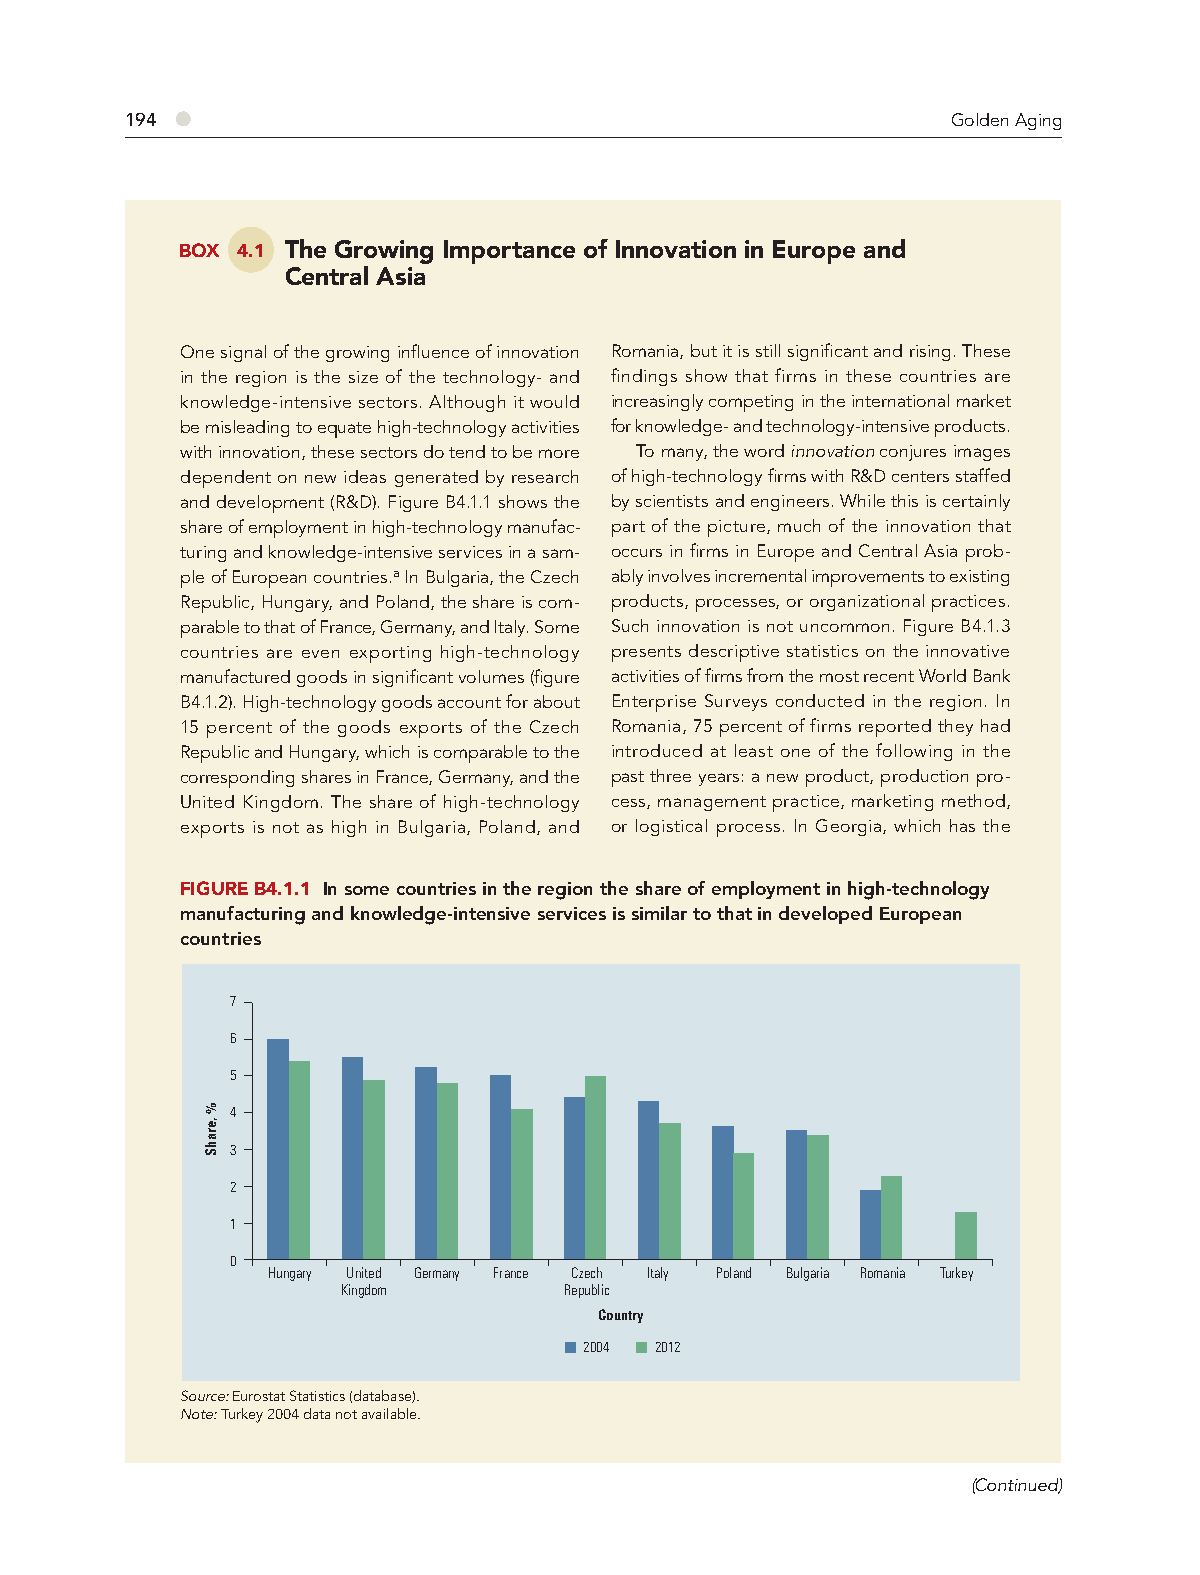
194 ●                                                  Golden Aging
 BOX 4.1 The Growing Importance of Innovation in Europe and
 Central Asia
 One signal of the growing infl uence of innovation Romania, but it is still signifi cant and rising. These
 in the region is the size of the technology- and findings show that firms in these countries are
 knowledge-intensive sectors. Although it would increasingly competing in the international market
 be misleading to equate high-technology activities for knowledge- and technology-intensive products.
 with innovation, these sectors do tend to be more To many, the word innovation conjures images
 dependent on new ideas generated by research of high-technology fi rms with R&D centers staffed
 and development (R&D). Figure B4.1.1 shows the by scientists and engineers. While this is certainly
 share of employment in high-technology manufac- part of the picture, much of the innovation that
 turing and knowledge-intensive services in a sam- occurs in fi rms in Europe and Central Asia prob-
 ple of European countries.a In Bulgaria, the Czech ably involves incremental improvements to existing
 Republic, Hungary, and Poland, the share is com- products, processes, or organizational practices.
 parable to that of France, Germany, and Italy. Some Such innovation is not uncommon. Figure B4.1.3
 countries are even exporting high-technology presents descriptive statistics on the innovative
 manufactured goods in signifi cant volumes (fi gure activities of fi rms from the most recent World Bank
 B4.1.2). High-technology goods account for about Enterprise Surveys conducted in the region. In
 15 percent of the goods exports of the Czech Romania, 75 percent of firms reported they had
 Republic and Hungary, which is comparable to the introduced at least one of the following in the
 corresponding shares in France, Germany, and the past three years: a new product, production pro-
 United Kingdom. The share of high-technology cess, management practice, marketing method,
 exports is not as high in Bulgaria, Poland, and or logistical process. In Georgia, which has the
 FIGURE B4.1.1 In some countries in the region the share of employment in high-technology
 manufacturing and knowledge-intensive services is similar to that in developed European
 countries
 7
 6
 5
 4
 3
 2
 1
 0
 Hungary United Germany France Czech Italy Poland Bulgaria Romania Turkey
 Kingdom       Republic
 Country
 2004 2012
 Source: Eurostat Statistics (database).
 Note: Turkey 2004 data not available.
 (Continued)
 %
 ,erahS